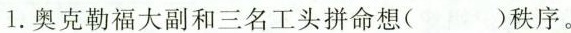
1.奥克勒福大副和三名工头拼命想()秩序。